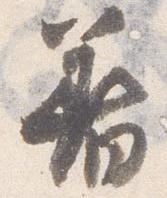
着